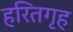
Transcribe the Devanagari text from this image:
हरितगृह